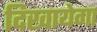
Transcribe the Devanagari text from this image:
दिखायेगा